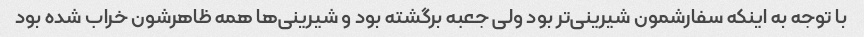
با توجه به اینکه سفارشمون شیرینی‌تر بود ولی جعبه برگشته بود و شیرینی‌ها همه ظاهرشون خراب شده بود